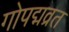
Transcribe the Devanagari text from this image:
गोपद्मव्रत